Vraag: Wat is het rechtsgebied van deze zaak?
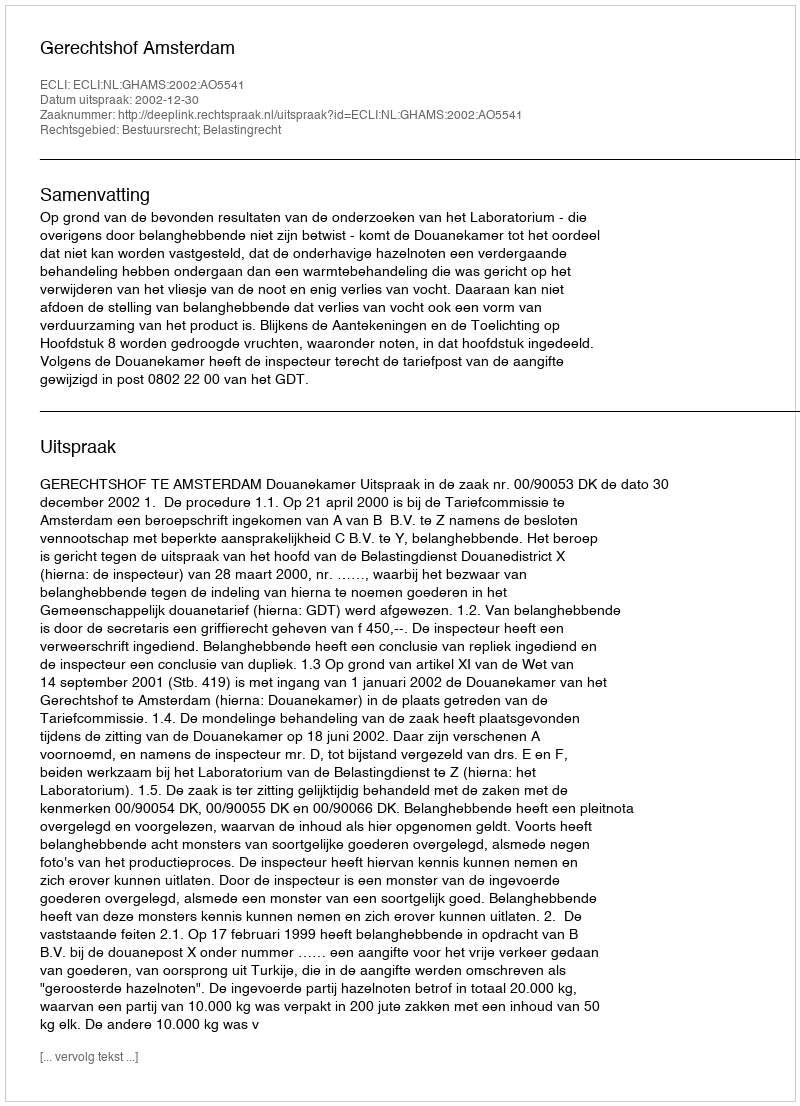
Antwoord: Bestuursrecht; Belastingrecht